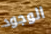
الوجود